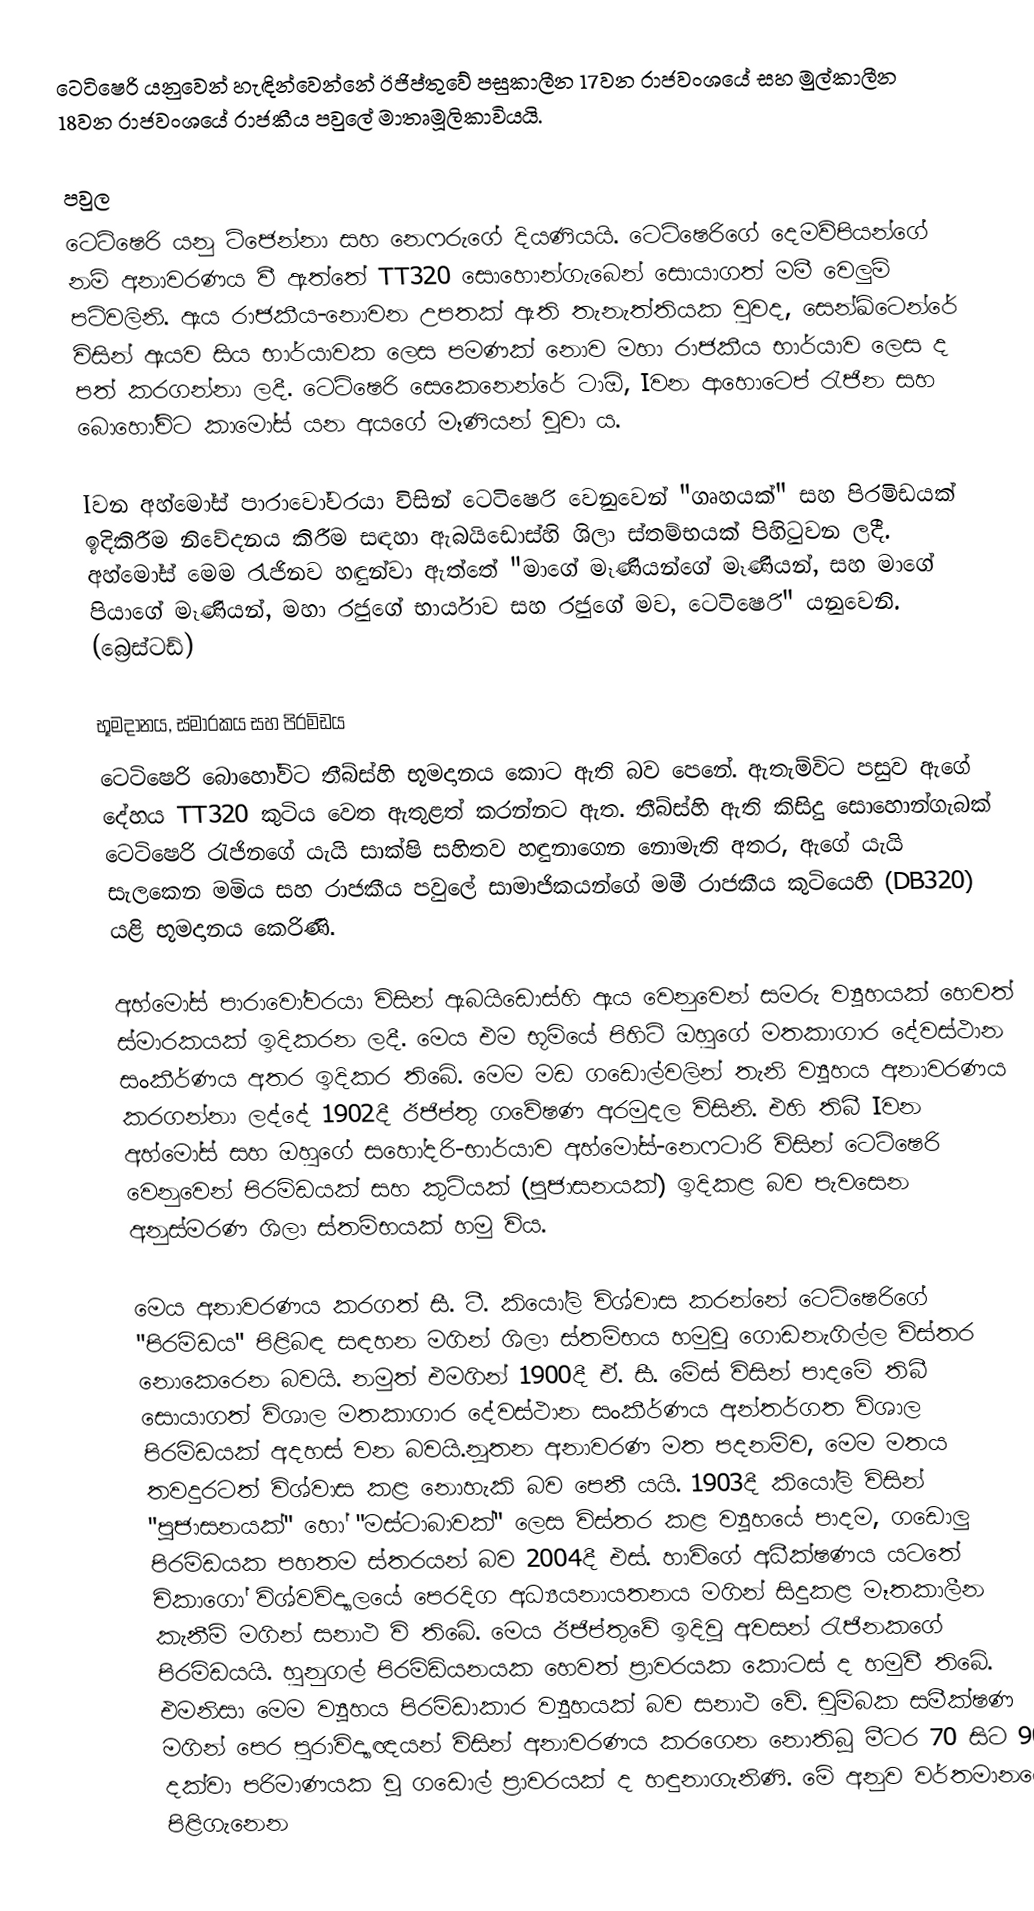
ටෙටිෂෙරි යනුවෙන් හැඳින්වෙන්නේ ඊජිප්තුවේ පසුකාලීන 17වන රාජවංශයේ සහ මුල්කාලීන 18වන රාජවංශයේ රාජකීය පවුලේ මාතෘමූලිකාවියයි.

පවුල
ටෙටිෂෙරි යනු ට්ජෙන්නා සහ නෙෆරුගේ දියණියයි. ටෙටිෂෙරිගේ දෙමව්පියන්ගේ නම් අනාවරණය වී ඇත්තේ TT320 සොහොන්ගැබෙන් සොයාගත් මමී වෙලුම් පටිවලිනි. ඇය රාජකීය-නොවන උපතක් ඇති තැනැත්තියක වුවද, සෙන්ඛ්ටෙන්රේ විසින් ඇයව සිය භාර්යාවක ලෙස පමණක් නොව මහා රාජකීය භාර්යාව ලෙස ද පත් කරගන්නා ලදී. ටෙටිෂෙරි සෙකෙනෙන්රේ ටාඕ, Iවන ආහොටෙප් රැජින සහ බොහෝවිට කාමෝස් යන අයගේ මෑණියන් වූවා ය.

Iවන අහ්මෝස් පාරාවෝවරයා විසින් ටෙටිෂෙරි වෙනුවෙන් "ගෘහයක්" සහ පිරමිඩයක් ඉදිකිරීම නිවේදනය කිරීම සඳහා ඇබයිඩොස්හි ශිලා ස්තම්භයක් පිහිටුවන ලදී. අහ්මෝස් මෙම රැජිනව හඳුන්වා ඇත්තේ "මාගේ මෑණියන්ගේ මෑණියන්, සහ මාගේ පියාගේ මෑණියන්, මහා රජුගේ භාර්යාව සහ රජුගේ මව, ටෙටිෂෙරි" යනුවෙනි. (බ්‍රෙස්ටඩ්)

භූමදානය, ස්මාරකය සහ පිරමිඩය
ටෙටිෂෙරි බොහෝවිට තීබ්ස්හි භූමදානය කොට ඇති බව පෙනේ. ඇතැම්විට පසුව ඇගේ දේහය TT320 කුටිය වෙත ඇතුළත් කරන්නට ඇත. තීබ්ස්හි ඇති කිසිදු සොහොන්ගැබක් ටෙටිෂෙරි රැජිනගේ යැයි සාක්ෂි සහිතව හඳුනාගෙන‍ නොමැති අතර, ඇගේ යැයි සැලකෙන මමිය සහ රාජකීය පවුලේ සාමාජිකයන්ගේ මමී රාජකීය කුටියෙහි (DB320) යළි භූමදානය කෙරිණි.

අහ්මෝස් පාරාවෝවරයා විසින් ඇබයිඩොස්හි ඇය වෙනුවෙන් සමරු ව්‍යූහයක් හෙවත් ස්මාරකයක් ඉදිකරන ලදී. මෙය එම භූමියේ පිහිටි ඔහුගේ මතකාගාර දේවස්ථාන සංකීර්ණය අතර ඉදිකර තිබේ. මෙම මඩ ගඩොල්වලින් තැනි ව්‍යූහය අනාවරණය කරගන්නා ලද්දේ 1902දී ඊජිප්තු ගවේෂණ අරමුදල විසිනි. එහි තිබී Iවන අහ්මෝස් සහ ඔහුගේ සහෝදරි-භාර්යාව අහ්මෝස්-නෙෆටාරි විසින් ටෙටි‍ෂෙරි වෙනුවෙන් පිරමිඩයක් සහ කුටියක් (පූජාසනයක්) ඉදිකළ බව පැවසෙන අනුස්මරණ ශිලා ස්තම්භයක් හමු විය.

මෙය අනාවරණය කරගත් සී. ටී. කියෝලි විශ්වාස කරන්නේ ටෙටිෂෙරිගේ "පිරමිඩය" පිළිබඳ සඳහන මගින් ශිලා ස්තම්භය හමුවූ ගොඩනැගිල්ල විස්තර නොකෙරෙන බවයි. නමුත් එමගින් 1900දී ඒ. සී. මේස් විසින් පාදමේ තිබී සොයාගත් විශාල මතකාගාර දේවස්ථාන සංකීර්ණය අන්තර්ගත විශාල පිරමිඩයක් අදහස් වන බවයි.නූතන අනාවරණ මත පදනම්ව, මෙම මතය තවදුරටත් විශ්වාස කළ නොහැකි බව පෙනී යයි. 1903දී කියෝලි විසින් "පූජාසනයක්" හෝ "මස්ටාබාවක්" ලෙස විස්තර කළ ව්‍යූහයේ පාදම, ගඩොලු පිරමිඩයක පහතම ස්තරයන් බව 2004දී  එස්. හාවිගේ අධීක්ෂණය යටතේ චිකාගෝ විශ්වවිද්‍යාලයේ පෙරදිග අධ්‍යයනායතනය මගින් සිදුකළ මෑතකාලීන කැනීම් මගින් සනාථ වි තිබේ. මෙය ඊජිප්තුවේ ඉදිවූ අවසන් රැජිනකගේ පිරමිඩයයි. හුනුගල් පිරමිඩියනයක හෙවත් ප්‍රාවරයක කොටස් ද හමුවී තිබේ. එමනිසා මෙම ව්‍යූහය පිරමිඩාකාර ව්‍යූහයක් බව සනාථ වේ. චුම්බක සමීක්ෂණ මගින් පෙර පුරාවිද්‍යාඥයන් විසින් අනාවරණය කරගෙන නොතිබූ මීටර 70 සිට 90 දක්වා පරිමාණයක වූ ගඩොල් ප්‍රාවරයක් ද හඳුනාගැනිණි. මේ අනුව වර්තමානයේ පිළිගැනෙන